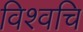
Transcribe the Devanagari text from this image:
विश्वचि